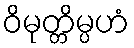
ဝိမုတ္တိမ္ပဟံ